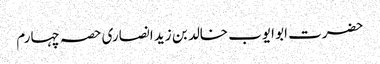
حضرت ابو ایوب خالد بن زید انصاری	حصہ چہارم